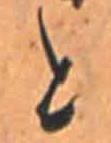
と